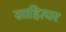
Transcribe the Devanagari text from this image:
साहित्यर